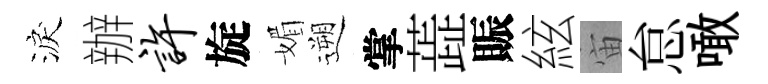
淚辦许旋媚遡掌蕋賑絃宙怠噉